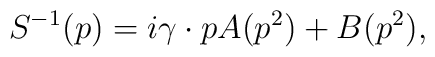
S^{-1}(p)=i\gamma \cdot pA(p^{2})+B(p^{2}),